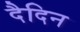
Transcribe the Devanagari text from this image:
दैदिन